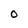
Character: O